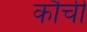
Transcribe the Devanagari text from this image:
कौची